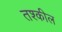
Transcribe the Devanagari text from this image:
तश्कील